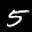
Label: 5